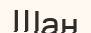
Шан